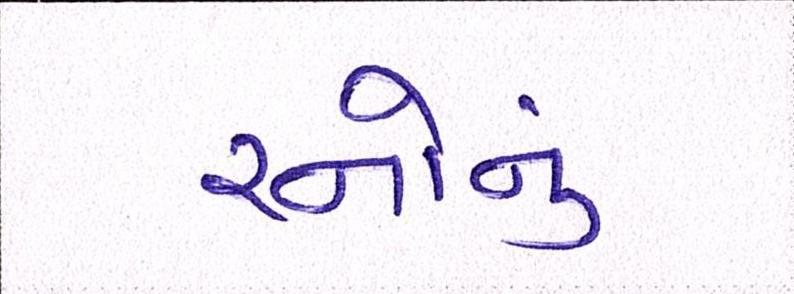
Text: રનોનું